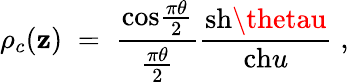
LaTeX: \rho_{c}(\mathbf{z})\; =\; {\frac{{\mathrm{{cos}}{\frac{{\pi\theta}}{{2}}}}}{{\frac{{\pi\theta}}{{2}}}}}{\frac{{\mathrm{{sh}}\thetau}}{{\mathrm{{ch}}u}}}\; ,